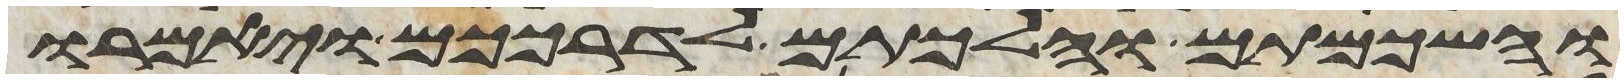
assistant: והשכמתם והלכתם לדרככם ויאמרו